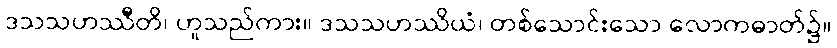
ဒသသဟဿီတိ၊ ဟူသည်ကား။ ဒသသဟဿိယံ၊ တစ်သောင်းသော လောကဓာတ်၌။